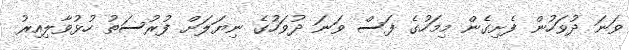
ވަނަ ދުވަހުން ފެށިގެން މިމަހުގެ ފަސް ވަނަ ދުވަހުގެ ނިޔަލަށް ފުރުސަތު ހުޅުވާލިއިރު